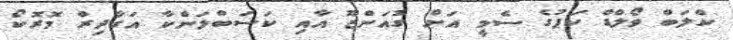
ކްލަބް ވޯލްޑް ކަޕުގެ ސެމީ އަށް ގުއަންޒޫ އާއި ކަސަބްލަންކާ އަގާދިރް މޮރޮކޯ